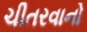
ચીતરવાનો